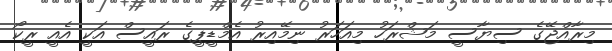
މިރާއްޖޭގެ ސިޔާސީ މަޝްރަހު މިއަހަރު ނިމޭއިރު އެމްޑީޕީގެ ރައީސް އަކީ އެއީ ރީކޯ